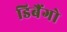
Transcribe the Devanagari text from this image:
डिबैंगो